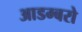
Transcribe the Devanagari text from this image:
आडम्बरो